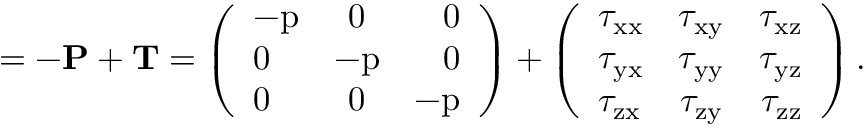
\bf \Pi = - \bf P + \bf T = \left( \begin{array} { l c r } { - p } & { 0 } & { 0 } \\ { 0 } & { - p } & { 0 } \\ { 0 } & { 0 } & { - p } \end{array} \right) + \left( \begin{array} { l c r } { \tau _ { x x } } & { \tau _ { x y } } & { \tau _ { x z } } \\ { \tau _ { y x } } & { \tau _ { y y } } & { \tau _ { y z } } \\ { \tau _ { z x } } & { \tau _ { z y } } & { \tau _ { z z } } \end{array} \right) .